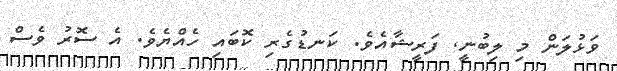
ވަޅުލަން މި ލިބުނީ